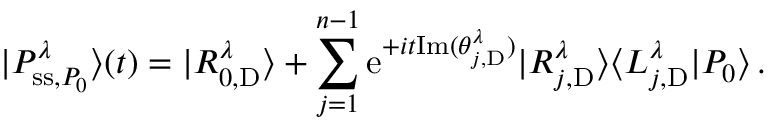
| P _ { \mathrm { s s } , P _ { 0 } } ^ { \lambda } \rangle ( t ) = | R _ { 0 , \mathrm { D } } ^ { \lambda } \rangle + \sum _ { j = 1 } ^ { n - 1 } \mathrm { e } ^ { + i t \mathrm { I m } ( \theta _ { j , \mathrm { D } } ^ { \lambda } ) } | R _ { j , \mathrm { D } } ^ { \lambda } \rangle \langle L _ { j , \mathrm { D } } ^ { \lambda } | P _ { 0 } \rangle \, .